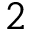
2